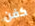
كفن